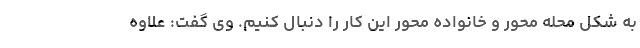
به شکل محله محور و خانواده محور این کار را دنبال کنیم. وی گفت: علاوه